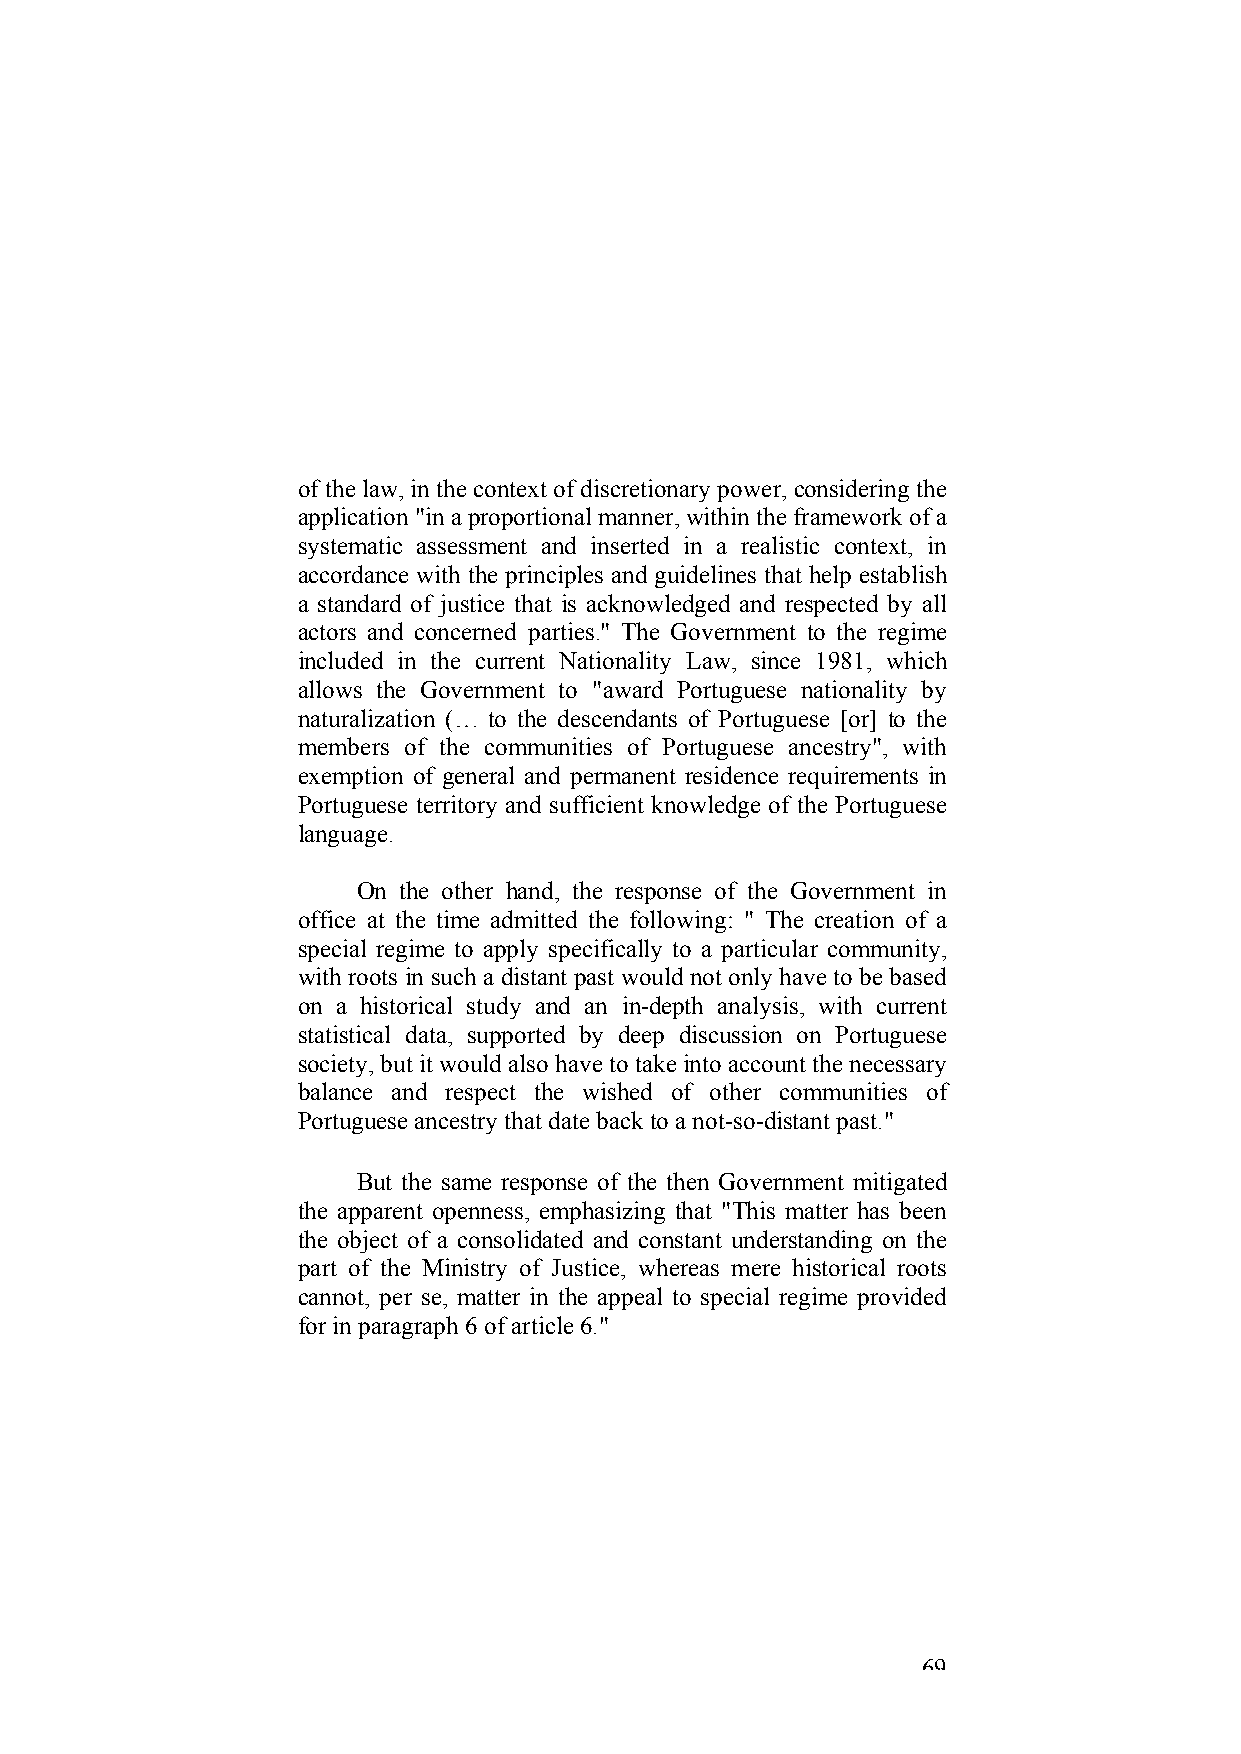
of the law, in the context of discretionary power, considering the
 application "in a proportional manner, within the framework of a
 systematic assessment and inserted in a realistic context, in
 accordance with the principles and guidelines that help establish
 a standard of justice that is acknowledged and respected by all
 actors and concerned parties." The Government to the regime
 included in the current Nationality Law, since 1981, which
 allows the Government to "award Portuguese nationality by
 naturalization (… to the descendants of Portuguese [or] to the
 members of the communities of Portuguese ancestry", with
 exemption of general and permanent residence requirements in
 Portuguese territory and sufficient knowledge of the Portuguese
 language.
 On the other hand, the response of the Government in
 office at the time admitted the following: " The creation of a
 special regime to apply specifically to a particular community,
 with roots in such a distant past would not only have to be based
 on a historical study and an in-depth analysis, with current
 statistical data, supported by deep discussion on Portuguese
 society, but it would also have to take into account the necessary
 balance and respect the wished of other communities of
 Portuguese ancestry that date back to a not-so-distant past."
 But the same response of the then Government mitigated
 the apparent openness, emphasizing that "This matter has been
 the object of a consolidated and constant understanding on the
 part of the Ministry of Justice, whereas mere historical roots
 cannot, per se, matter in the appeal to special regime provided
 for in paragraph 6 of article 6."
 69